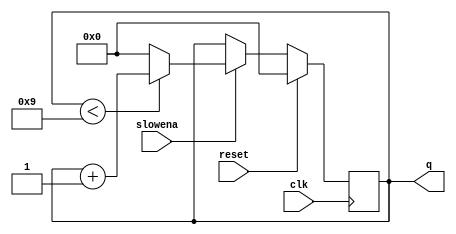
module top_module (
    input clk,
    input slowena,
    input reset,
    output [3:0] q);
    
     always@(posedge clk) begin
        if(reset == 1)
            q <= 0;
        else 
            begin 
                if(slowena)
                    if(q < 9)
                        q <= q + 4'b1;
                    else
                        q <= 0;
        	end
    end
endmodule